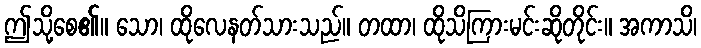
ဤသို့စေ၏။ သော၊ ထိုလေနတ်သားသည်။ တထာ၊ ထိုသိကြားမင်းဆိုတိုင်း။ အကာသိ၊